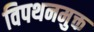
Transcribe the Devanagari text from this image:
विपथनमुक्त